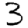
Digit: 3